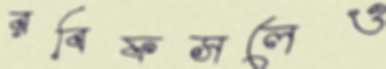
রবিফসলেও